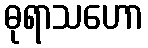
ဓုရာသဟော